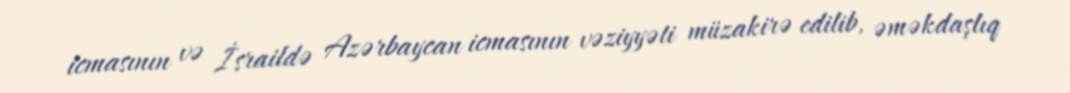
icmasının və İsraildə Azərbaycan icmasının vəziyyəti müzakirə edilib, əməkdaşlıq